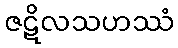
ဇဋိလသဟဿံ